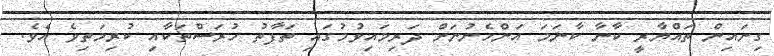
ގިނައިން ތައްޔާރީ ކާނާ ކާނަމަ އަންހެނުނަށް ދަރިމައިވުމުގައި ތަފާތު ހުރަސްތަކާއި ކުރިމަތިވެ އެވެ.